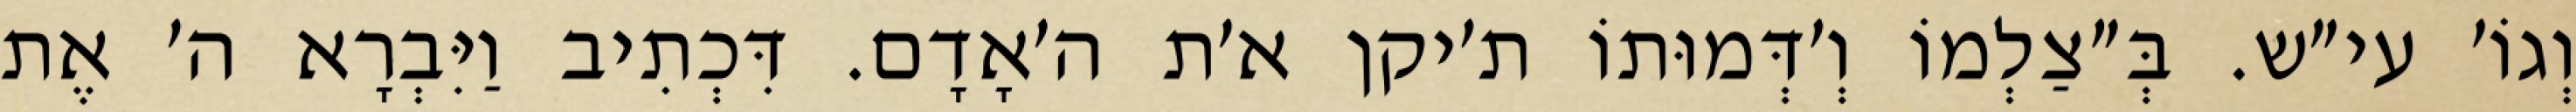
וְגוֹ׳ עי״ש. בְּ״צַלְמוֹ וְ׳דְּמוּתוֹ ת׳יקן א׳ת ה׳אָדָם. דִּכְתִיב וַיִּבְרָא ה׳ אֶת